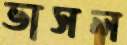
ভাসল